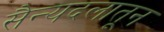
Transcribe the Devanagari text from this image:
सैन्यदलातून